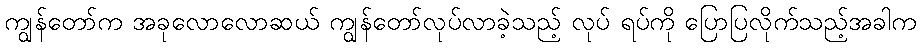
ကျွန်တော်က အခုလောလောဆယ် ကျွန်တော်လုပ်လာခဲ့သည့် လုပ် ရပ်ကို ပြောပြလိုက်သည့်အခါက